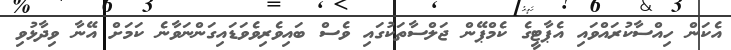
އެކަން ހިއްސާކުރައްވައި އެޕާޓީގެ ކެމްޕޭން ޖަލްސާތަކުގައި ވެސް ބައިވެރިވެވަޑައިގަންނަވާނެ ކަމަށް އޭނާ ވިދާޅުވި